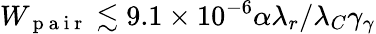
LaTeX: W_{\mathrm{~p~a~i~r~}}\lesssim 9.1\times 10^{-6}\alpha\lambda_{r}/\lambda_{C}\gamma_{\gamma}